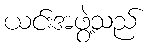
ယင်းအဖွဲ့သည်